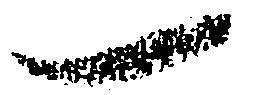
一